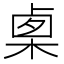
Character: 𣓨